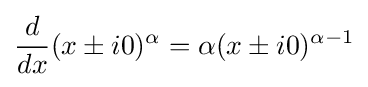
{\frac {d}{dx}}(x\pm i0)^{\alpha }=\alpha (x\pm i0)^{\alpha -1}